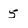
Character: 5